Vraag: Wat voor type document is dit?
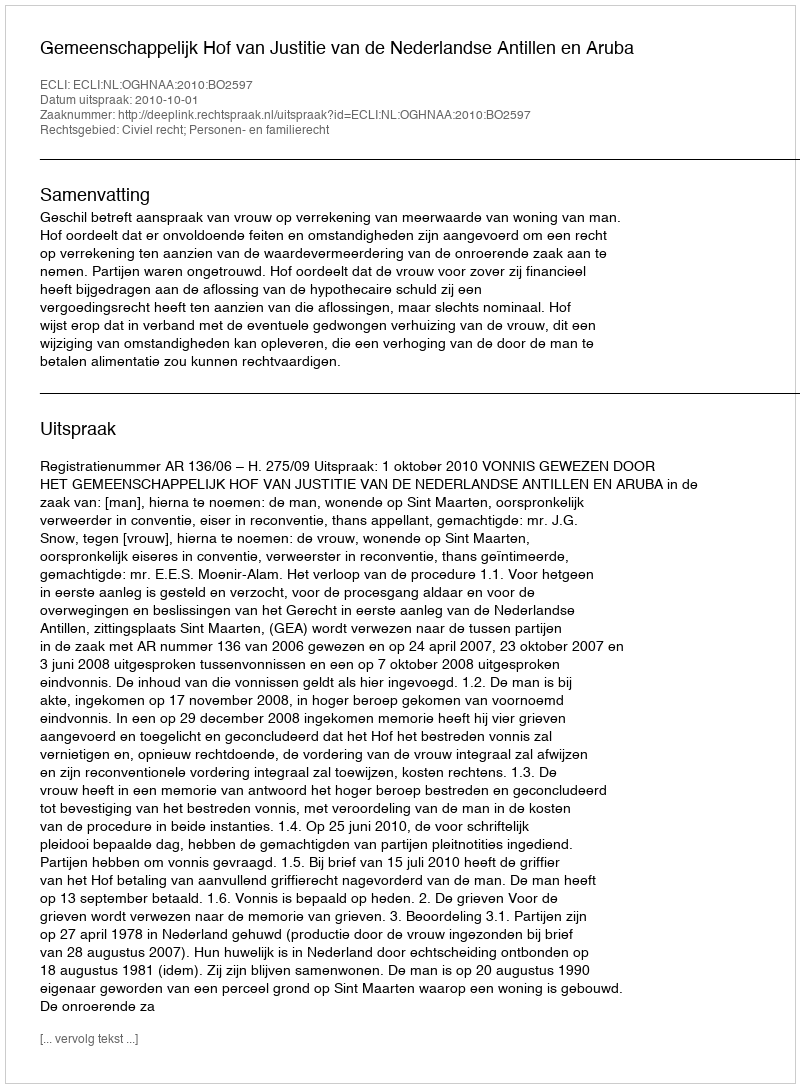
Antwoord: Uitspraak